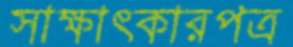
সাক্ষাত্কারপত্র